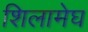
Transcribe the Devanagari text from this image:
शिलामेघ